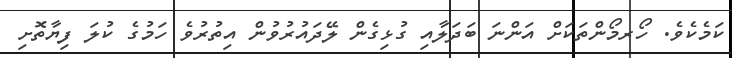
ކަމެކެވެ. ހޯރމޯންތަކަށް އަންނަ ބަދަލާއި ގުޅިގެން ލޭދައުރުވުން އިތުރުވެ ހަމުގެ ކުލަ ފިޔާތޮށި